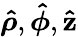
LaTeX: {\boldsymbol{\hat{\rho}}},{\boldsymbol{\hat{\phi}}},\mathbf{\hat{z}}